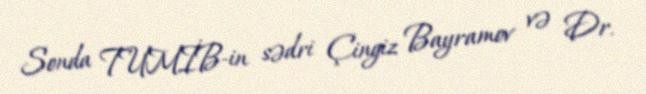
Sonda TUMİB-in sədri Çingiz Bayramov və Dr.